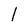
Character: 1